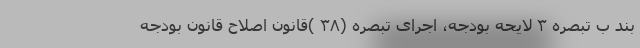
بند ب تبصره ۳ لایحه بودجه، اجرای تبصره (۳۸ )قانون اصلاح قانون بودجه